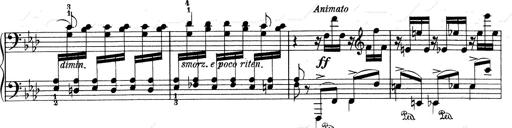
Title: Weinen, Klagen, Sorgen, Zagen
Composer: Franz Liszt